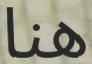
هنا